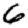
Digit: 6